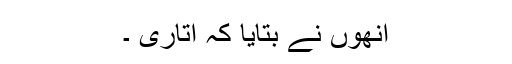
اُنھوں نے بتایا کہ اتاری ۔